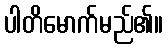
ပါတိမောက်မည်၏။